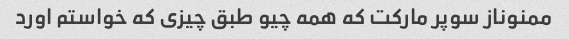
ممنوناز سوپر مارکت که همه چیو طبق چیزی که خواستم اورد